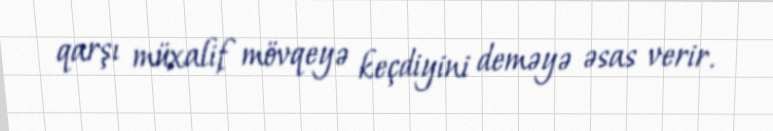
qarşı müxalif mövqeyə keçdiyini deməyə əsas verir.